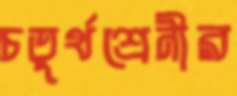
চতুর্থশ্রেনীর